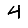
Digit: 4